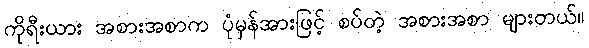
ကိုရီးယား အစားအစာက ပုံမှန်အားဖြင့် စပ်တဲ့ အစားအစာ များတယ်။